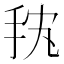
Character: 𱟴